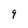
Character: 9